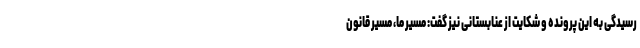
رسیدگی به این پرونده و شکایت از عنابستانی نیز گفت: مسیر ما، مسیر قانون